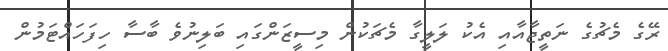
ރޭގެ މެޗުގެ ނަތީޖާއާއި އެކު ލަލީގާ މެޗަކުން މިސީޒަންގައި ބަލިނުވެ ބާސާ ހިފަހައްޓަމުން